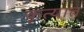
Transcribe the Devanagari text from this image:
कृत्यात